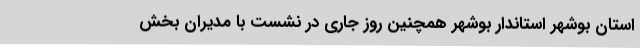
استان بوشهر استاندار بوشهر همچنین روز جاری در نشست با مدیران بخش